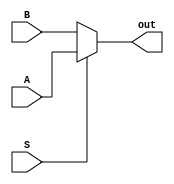
module mux(input A, input B, input S, output out);

    assign out = (S ==0 ) ? B : A;

endmodule